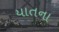
યાતના